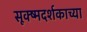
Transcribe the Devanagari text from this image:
सूक्ष्मदर्शकाच्या